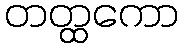
တတ္ထကော